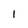
Character: 1